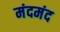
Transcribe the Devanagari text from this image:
मंदमंद